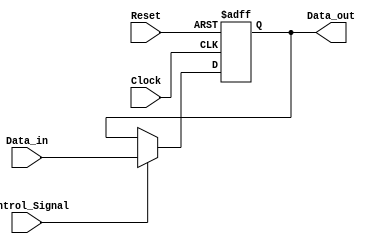
module ForwardingRegister (
    input wire [31:0] Data_in,      // Input data for forwarding
    input wire Control_Signal,       // Control signal for forwarding
    input wire Clock,                // Clock signal
    input wire Reset,                // Asynchronous reset signal
    output reg [31:0] Data_out       // Output data
);

// Asynchronous reset and synchronous data latching
always @(posedge Clock or posedge Reset) begin
    if (Reset) begin
        // Clear the register output on reset
        Data_out <= 32'b0;           // Set Data_out to zero
    end else if (Control_Signal) begin
        // Latch Data_in into the register if forwarding is needed
        Data_out <= Data_in;
    end
    // If Control_Signal is 0, Data_out retains the previous value
end

endmodule